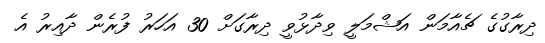
ދިރާގުގެ ޗެއާމަން އަޝްމަލީ ވިދާޅުވީ ދިރާގަށް 30 އަހަރު ފުރެން ދާއިރު އެ